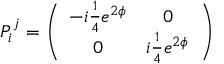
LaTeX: P _ { i } ^ { j } = \left( \begin{array} { c c } { { - i { \textstyle { \frac { 1 } { 4 } } } e ^ { 2 \phi } } } & { { 0 } } \\ { { 0 } } & { { i { \textstyle { \frac { 1 } { 4 } } } e ^ { 2 \phi } } } \end{array} \right)